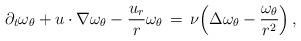
LaTeX: \begin{align*} \partial_t \omega_\theta + u\cdot\nabla\omega_\theta - \frac{u_r}{r}\omega_\theta \,=\, \nu\Bigl(\Delta \omega_\theta - \frac{\omega_\theta}{r^2}\Bigr)\,,\end{align*}